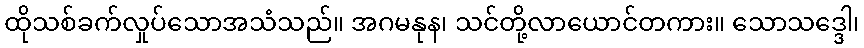
ထိုသစ်ခက်လှုပ်သောအသံသည်။ အဂမနုန၊ သင်တို့လာယောင်တကား။ သောသဒ္ဒေါ၊